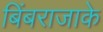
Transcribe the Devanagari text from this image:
बिंबराजाके